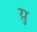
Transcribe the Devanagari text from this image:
य़ु